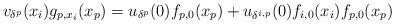
LaTeX: \begin{align*}v_{\delta^{p}}(x_{i})g_{p,x_{i}}(x_{p})=u_{\delta^{p}}(0)f_{p,0}(x_{p})+u_{\delta^{i,p}}(0)f_{i,0}(x_{i})f_{p,0}(x_{p})\end{align*}